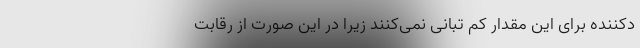
دکننده برای این مقدار کم تبانی نمی‌کنند زیرا در این صورت از رقابت